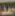
حمد